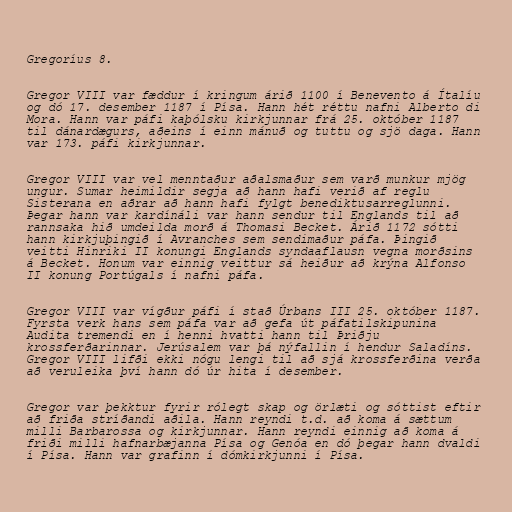
Gregoríus 8.

Gregor VIII var fæddur í kringum árið 1100 í Benevento á Ítalíu
og dó 17. desember 1187 í Písa. Hann hét réttu nafni Alberto di
Mora. Hann var páfi kaþólsku kirkjunnar frá 25. október 1187
til dánardægurs, aðeins í einn mánuð og tuttu og sjö daga. Hann
var 173. páfi kirkjunnar.

Gregor VIII var vel menntaður aðalsmaður sem varð munkur mjög
ungur. Sumar heimildir segja að hann hafi verið af reglu
Sisterana en aðrar að hann hafi fylgt benediktusarreglunni.
Þegar hann var kardínáli var hann sendur til Englands til að
rannsaka hið umdeilda morð á Thomasi Becket. Árið 1172 sótti
hann kirkjuþingið í Avranches sem sendimaður páfa. Þingið
veitti Hinriki II konungi Englands syndaaflausn vegna morðsins
á Becket. Honum var einnig veittur sá heiður að krýna Alfonso
II konung Portúgals í nafni páfa.

Gregor VIII var vígður páfi í stað Úrbans III 25. október 1187.
Fyrsta verk hans sem páfa var að gefa út páfatilskipunina
Audita tremendi en í henni hvatti hann til Þriðju
krossferðarinnar. Jerúsalem var þá nýfallin í hendur Saladíns.
Gregor VIII lifði ekki nógu lengi til að sjá krossferðina verða
að veruleika því hann dó úr hita í desember.

Gregor var þekktur fyrir rólegt skap og örlæti og sóttist eftir
að friða stríðandi aðila. Hann reyndi t.d. að koma á sættum
milli Barbarossa og kirkjunnar. Hann reyndi einnig að koma á
friði milli hafnarbæjanna Písa og Genóa en dó þegar hann dvaldi
í Písa. Hann var grafinn í dómkirkjunni í Písa.